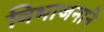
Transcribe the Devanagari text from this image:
विभाजनाने